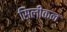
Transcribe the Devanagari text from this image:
सिलीकन